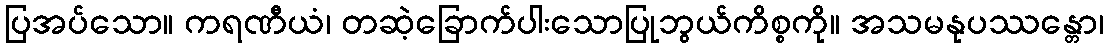
ပြအပ်သော။ ကရဏီယံ၊ တဆဲ့ခြောက်ပါးသောပြုဘွယ်ကိစ္စကို။ အသမနုပဿန္တော၊